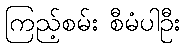
ကြည့်စမ်း စီမံပါဦး